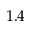
1 . 4